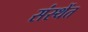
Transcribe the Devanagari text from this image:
संस्थेंत